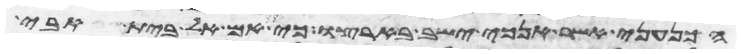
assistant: הכנעני אשר אנכי ישב בארצו כי אם אל בית אבי